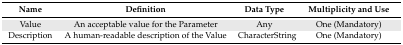
<table><thead><tr><td><b>Name</b></td><td><b>Definition</b></td><td><b>Data Type</b></td><td><b>Multiplicity and Use</b></td></tr></thead><tbody><tr><td>Value</td><td>An acceptable value for the Parameter</td><td>Any</td><td>One (Mandatory)</td></tr><tr><td>Description</td><td>A human-readable description of the Value</td><td>CharacterString</td><td>One (Mandatory)</td></tr></tbody></table>